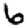
Digit: 6